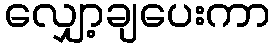
လျှော့ချပေးကာ